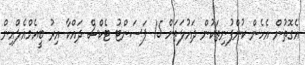
އެގޮތުން އެހެން ކުންފުނިތަކުން ދައުލަތަށް 15 ޕަސަންޓު ޓެކްސް ދައްކާ އިރު ބީއެމްއެލްއިން